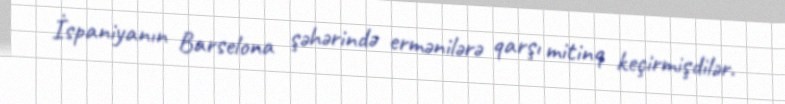
İspaniyanın Barselona şəhərində ermənilərə qarşı mitinq keçirmişdilər.